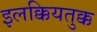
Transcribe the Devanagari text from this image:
इलक्कियतुक्क